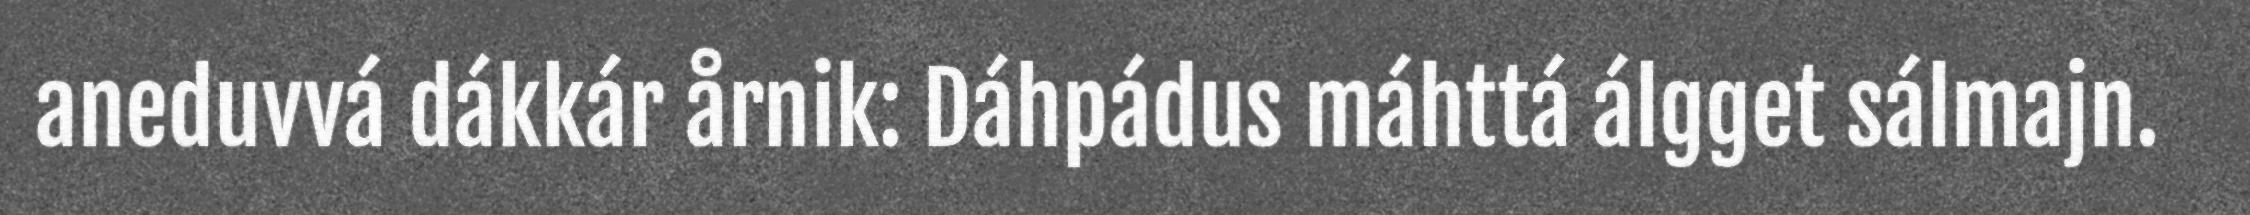
aneduvvá dákkár årnik: Dáhpádus máhttá álgget sálmajn.